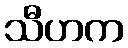
သီဟက